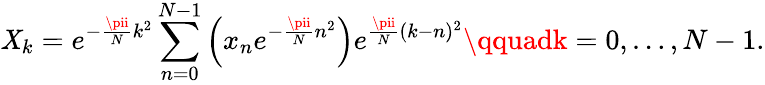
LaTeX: \mathit{X}_{k}=e^{-{\frac{{\pii}}{{N}}}k^{2}}\sum_{n=0}^{N-1}\left(x_{n}e^{-{\frac{{\pii}}{{N}}}n^{2}}\right)e^{{\frac{{\pii}}{{N}}}(k-n)^{2}}\qquadk=0,\dots,N-1.